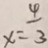
x = \frac { 4 } { 3 }